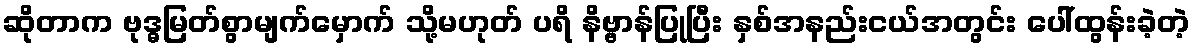
ဆိုတာက ဗုဒ္ဓမြတ်စွာမျက်မှောက် သို့မဟုတ် ပရိ နိဗ္ဗာန်ပြုပြီး နှစ်အနည်းငယ်အတွင်း ပေါ်ထွန်းခဲ့တဲ့